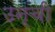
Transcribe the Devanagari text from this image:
उन्ची